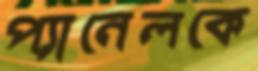
প্যানেলকে